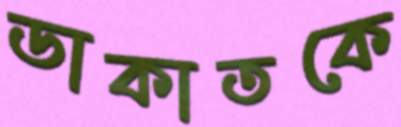
ডাকাতকে